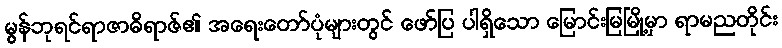
မွန်ဘုရင်ရာဇာဓိရာဇ်၏ အရေးတော်ပုံများတွင် ဖော်ပြ ပါရှိသော မြောင်းမြမြို့မှာ ရာမညတိုင်း